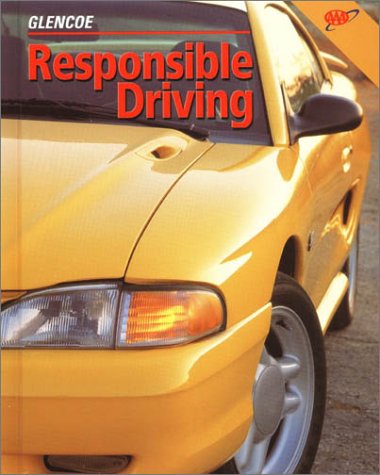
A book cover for Responsible Driving Student Edition, Hardcover; McGraw-Hill; Test Preparation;